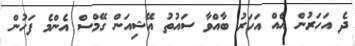
ދެ އަހަރުން އެއް އަހަރު ބާއްވާ ސައުތު އޭޝިއަން ގޭމްސް އެންމެ ފަހުން